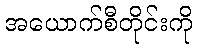
အယောက်စီတိုင်းကို